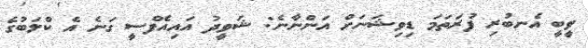
ވީބީ އެނބުރި ފުރަތަމަ ޑިވިޝަނަށް އަންނާނެ: ޝަވީދު އައިއެފްސީ ގަނެ އެ ކްލަބުގެ